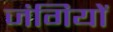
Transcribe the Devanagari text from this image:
जंगियों